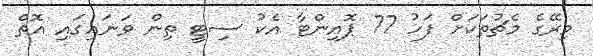
މިރޭގެ މެޗުތަކަށް ފަހު 77 ޕޮއިންޓާ އެކު ސިޓީ ތިން ވަނައިގައި އޮތް